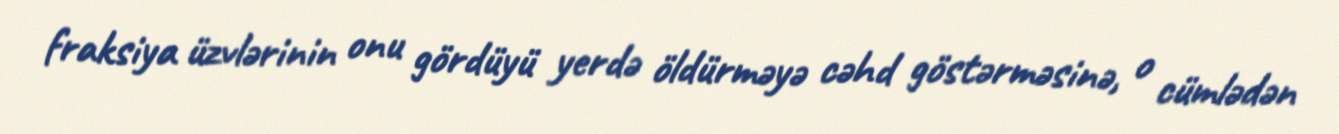
fraksiya üzvlərinin onu gördüyü yerdə öldürməyə cəhd göstərməsinə, o cümlədən